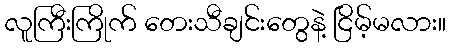
လူကြီးကြိုက် တေးသီချင်းတွေနဲ့ ငြိမ့်မလား။